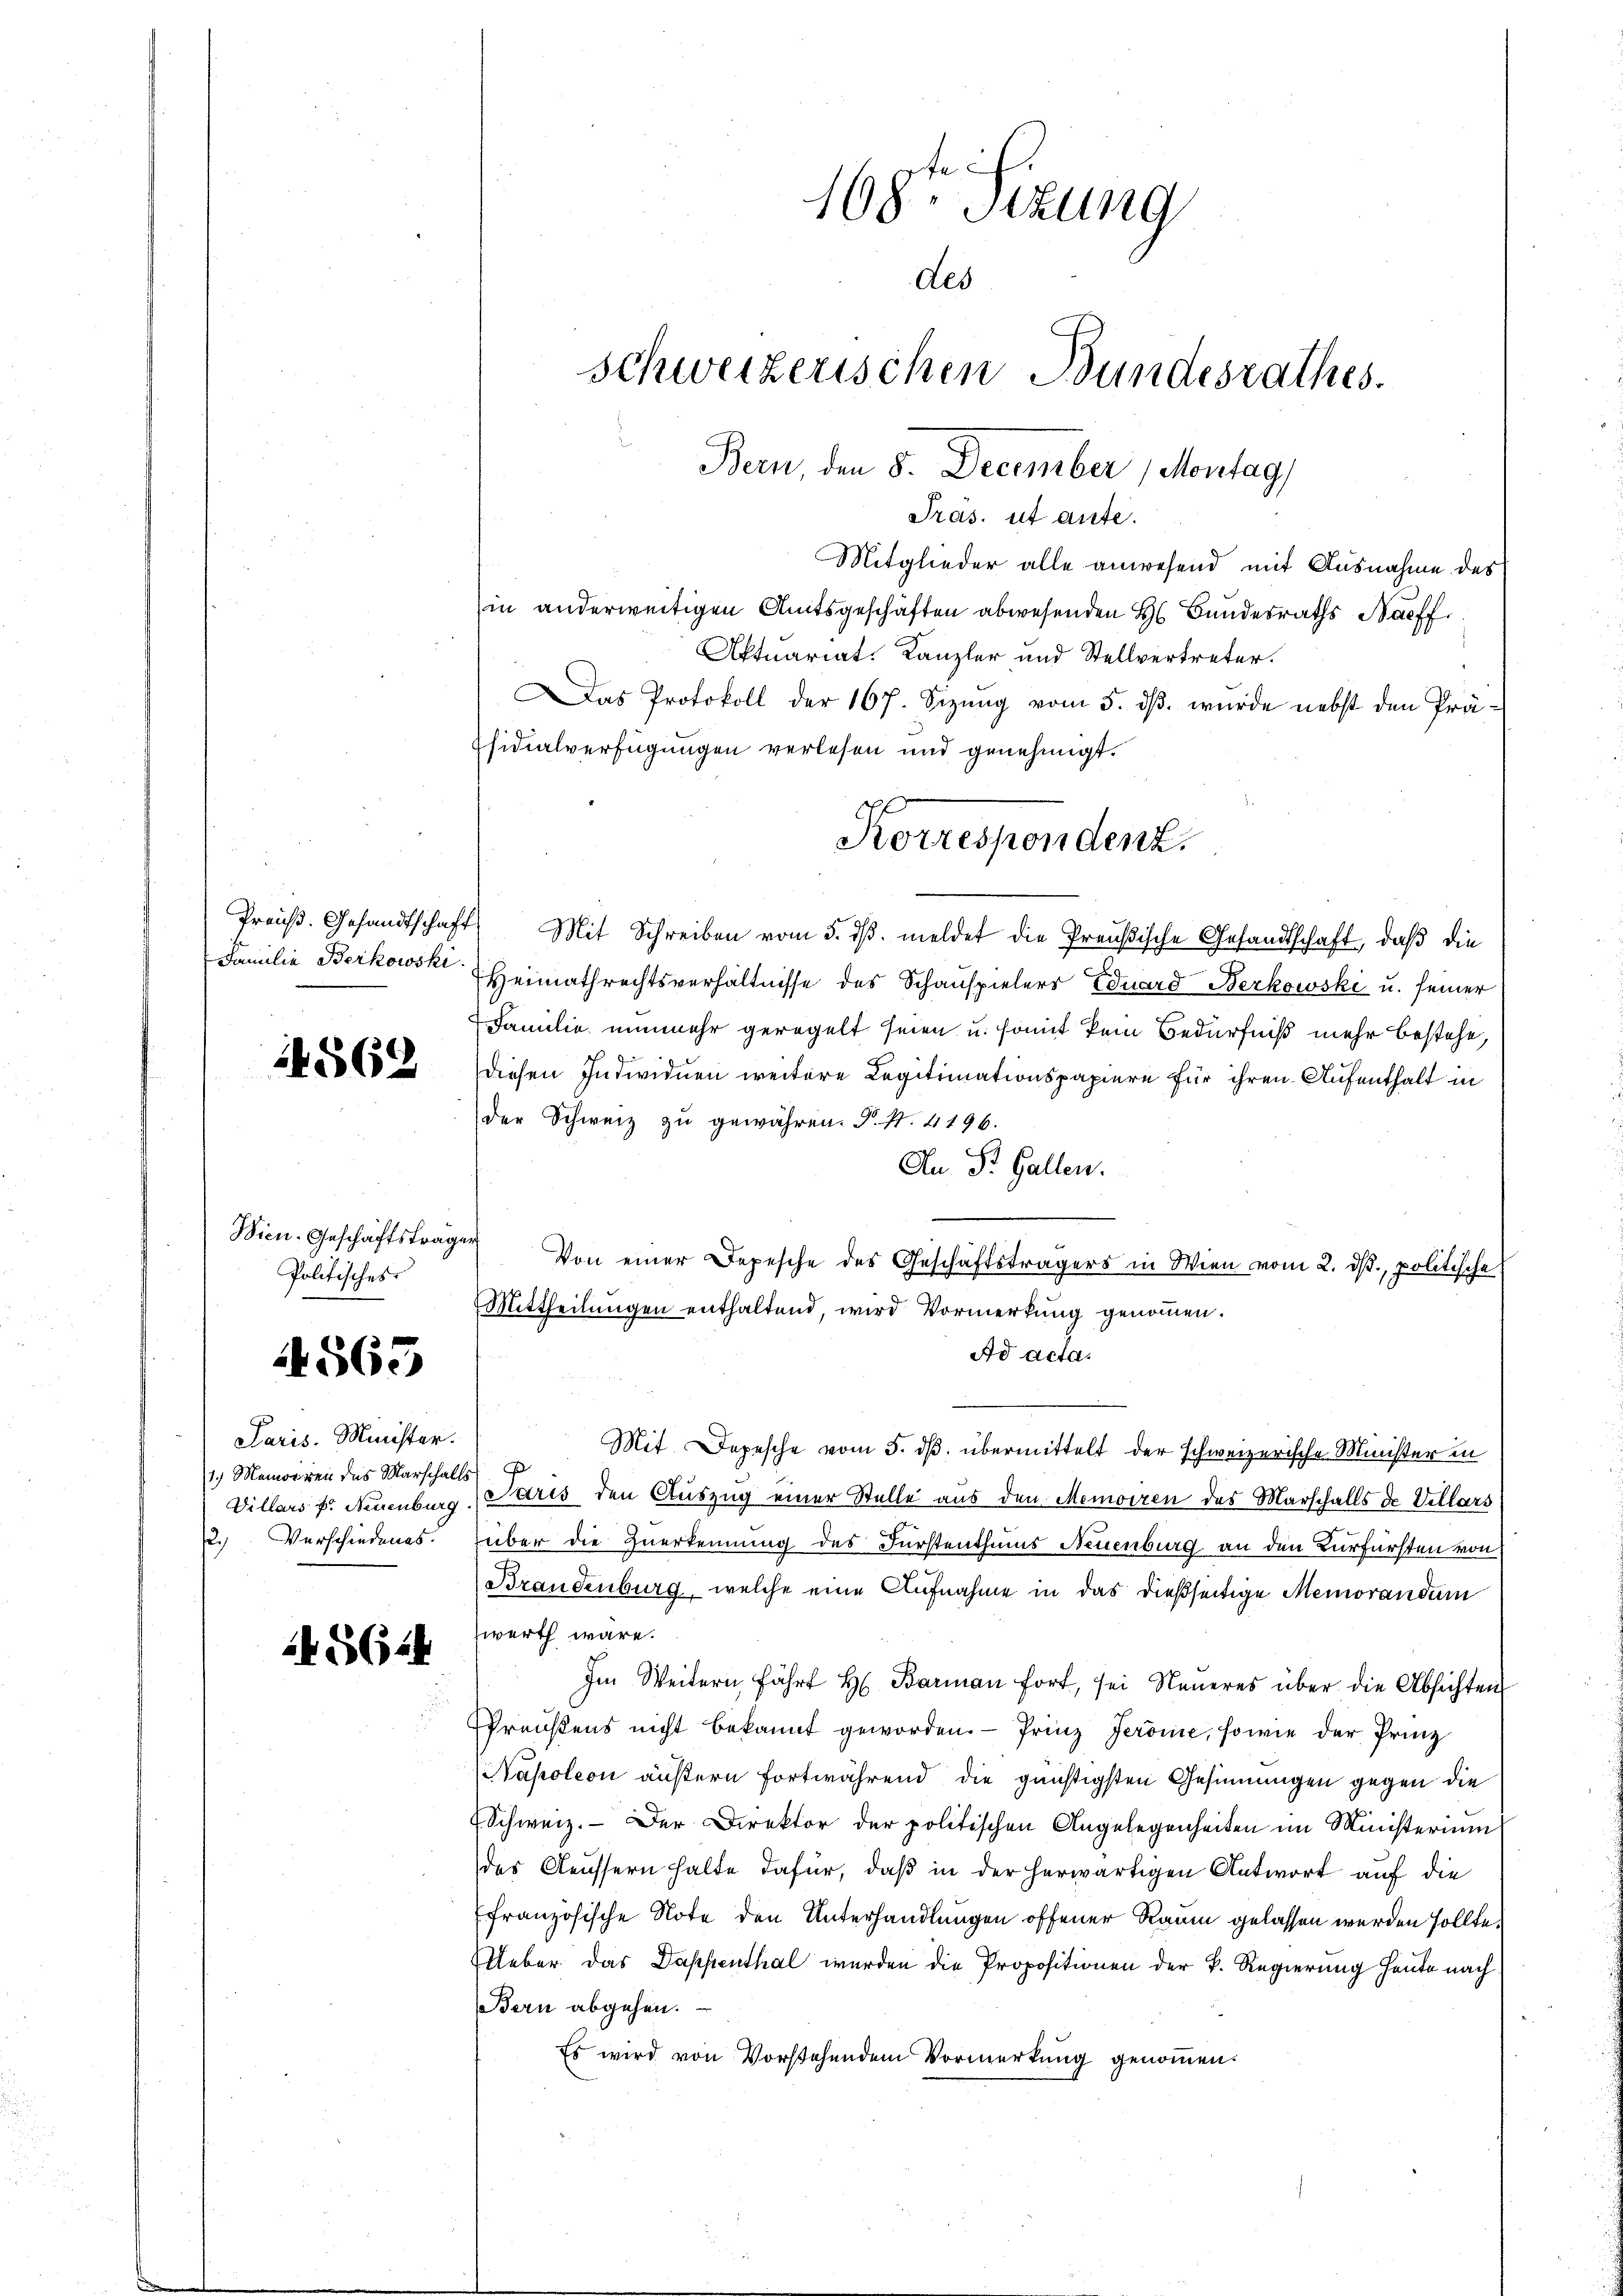
1562

Bien-Geschäftsträger
Politisches

4565

Paris. Minister.
1.) Maniren des Marschalls
2.) Verschiedenes.

5624

Mitglieder alle anwesend mit Ausnahme des
in anderweitigen Amtsgeschäften abwesenden H. Bundesraths Bacff
Aktuariat. Kanzler und Stellvertreter.
Das Protokoll der 167. Sizung vom 5. ds. wurde nebst den Präsidialverfügungen verlesen und genehmigt.
Preuß. Gesandtschaft Mit Schreiben vom 5. dβ. meldet die Preußische Gesandtschaft, daß die
Familie Berkowski Heimathrechtsverhältnisse des Schauspielers Eduard Beckowski u. seiner
Familie nunmehr geregelt seien u. somit kein Bedürfniß mehr bestehe,
diesen Individuen weitere Legitimationspapiere für ihren Aufenthalt in
der Schweiz zŭ gewähren. P. Nr. 4196.
An P. Gallen.
Von einer Depesche des Geschäftsträgers in Wien vom 2. dβ. politische
¬
Mittheilungen enthaltend, wird Vormerkung genommen.
Ad acta.
Mit. Depesche vom 5. ds. übermittelt der schweizerische Minister in
Villars f. Neuenburg, Paris den Auszug einer Stelle aus den Memoiren des Marschalls de Vellars
über die Zuerkennung des Fürstenthums Neuenburg an den Kurfürsten von
Brandenburg, welche eine Aufnahme in das dießseitige Memorandum
zwerth wäre.
Im Weitern fährt H. Baran fort, sei Neueres über die Absichten
Preistens nicht bekannt geworden. Prinz Jeromie, sowie der Prinz
Napoleon äußern fortwährend die günstigsten Gesinnungen gegen die
 Schweiz. Der Direktor der politischen Angelegenheiten im Ministerium
des Aeussern halte dafür, daβ in der herwärtigen Antwort auf die
französische Note den Unterhandlungen offener Raum gelassen werden sollte.
Ueber das Dappenthal werden die Propositionen der k. Regierung heute nach
Bern abgehen.
Es wird von Vorstehendem Vormerkung genommen.

168. Sitzung
des
schweizerischen Bundesrathes.
Bern, den 8. December (Montag,

Präs. ut ante.

Korrespondenz.